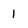
Character: I